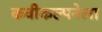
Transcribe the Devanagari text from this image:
कवीकल्पनेला